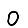
Digit: 0